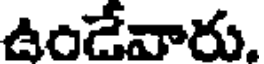
ఉండేవారు.